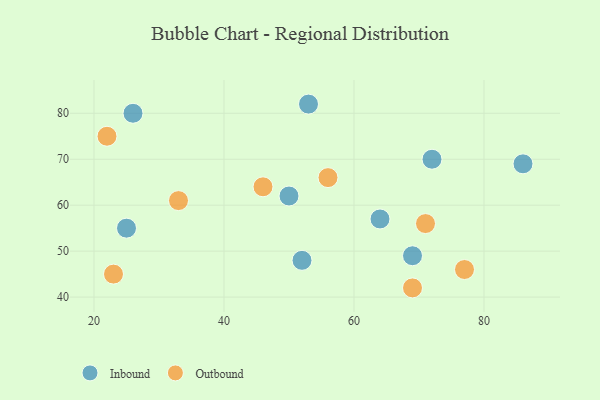
{"axis": {"x": "GDP", "y": "Life Expectancy"}, "legend": ["Inbound", "Outbound"], "data": [{"x": "52", "y": 48, "type": "Inbound"}, {"x": "26", "y": 80, "type": "Inbound"}, {"x": "64", "y": 57, "type": "Inbound"}, {"x": "86", "y": 69, "type": "Inbound"}, {"x": "69", "y": 49, "type": "Inbound"}, {"x": "25", "y": 55, "type": "Inbound"}, {"x": "72", "y": 70, "type": "Inbound"}, {"x": "53", "y": 82, "type": "Inbound"}, {"x": "50", "y": 62, "type": "Inbound"}, {"x": "46", "y": 64, "type": "Outbound"}, {"x": "33", "y": 61, "type": "Outbound"}, {"x": "71", "y": 56, "type": "Outbound"}, {"x": "69", "y": 42, "type": "Outbound"}, {"x": "22", "y": 75, "type": "Outbound"}, {"x": "77", "y": 46, "type": "Outbound"}, {"x": "56", "y": 66, "type": "Outbound"}, {"x": "23", "y": 45, "type": "Outbound"}]}